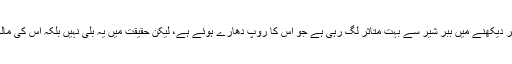
یہ دراصل ایک بلی ہے جو بظاہر دیکھنے میں ببر شیر سے بہت متاثر لگ رہی ہے جو اس کا روپ دھارے ہوئے ہے، لیکن حقیقت میں یہ بلی نہیں بلکہ اس کی مالکہ ببر شیر سے بہت متاثر ہے۔